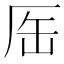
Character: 厒